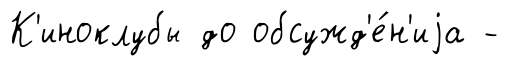
К'иноклубы до обсужд'е́н'иjа -